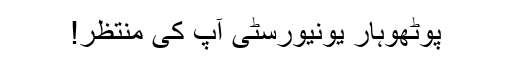
پوٹھوہار یونیورسٹی آپ کی منتظر!